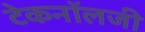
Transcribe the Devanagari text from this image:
टेकनॉलजी